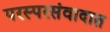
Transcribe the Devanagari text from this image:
परस्परसंवादात